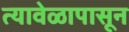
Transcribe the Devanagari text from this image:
त्यावेळापासून